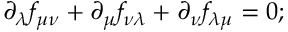
{ \partial _ { \lambda } } f _ { \mu \nu } + { \partial _ { \mu } } f _ { \nu \lambda } + { \partial _ { \nu } } f _ { \lambda \mu } = 0 ;